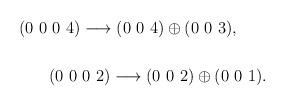
LaTeX: \begin{align*}(0~0~0~4) \longrightarrow (0~0~4) \oplus (0~0~3),~~~~~\\\\(0~0~0~2) \longrightarrow (0~0~2) \oplus (0~0~1).\end{align*}